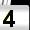
Digit: 4